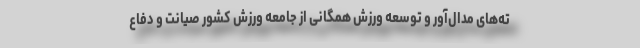
ته‌های مدال‌آور و توسعه ورزش همگانی از جامعه ورزش کشور صیانت و دفاع